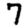
Digit: 7